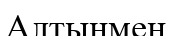
Алтынмен